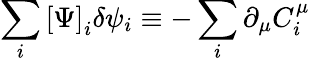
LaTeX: \sum_{i}\left[\Psi\right]_{i}\delta\psi_{i}\equiv-\sum_{i}\partial_{\mu}C_{i}^{\mu}